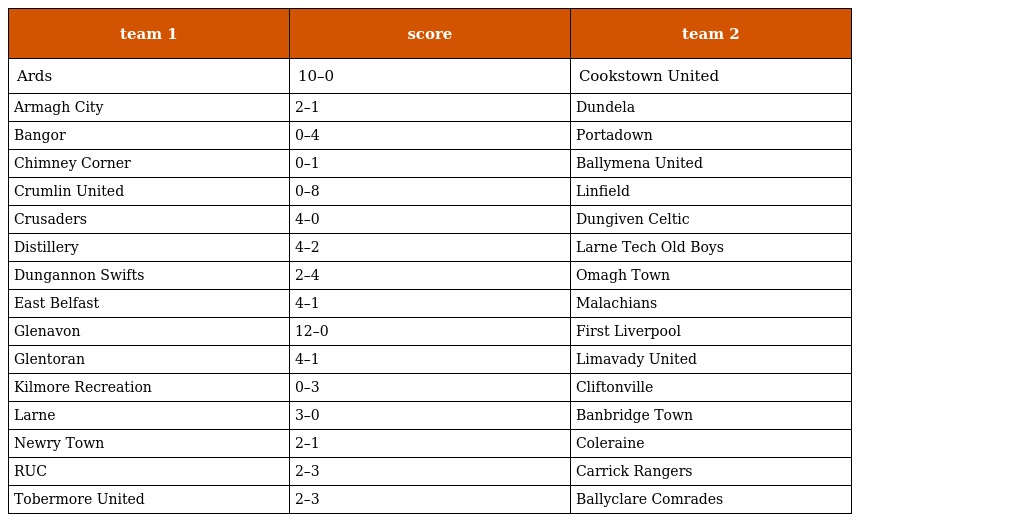
| team 1 | score | team 2 |
 | --- | --- | --- |
 | Ards | 10–0 | Cookstown United |
 | Armagh City | 2–1 | Dundela |
 | Bangor | 0–4 | Portadown |
 | Chimney Corner | 0–1 | Ballymena United |
 | Crumlin United | 0–8 | Linfield |
 | Crusaders | 4–0 | Dungiven Celtic |
 | Distillery | 4–2 | Larne Tech Old Boys |
 | Dungannon Swifts | 2–4 | Omagh Town |
 | East Belfast | 4–1 | Malachians |
 | Glenavon | 12–0 | First Liverpool |
 | Glentoran | 4–1 | Limavady United |
 | Kilmore Recreation | 0–3 | Cliftonville |
 | Larne | 3–0 | Banbridge Town |
 | Newry Town | 2–1 | Coleraine |
 | RUC | 2–3 | Carrick Rangers |
 | Tobermore United | 2–3 | Ballyclare Comrades |